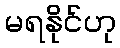
မရနိုင်ဟု